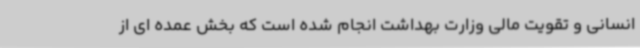
انسانی و تقویت مالی وزارت بهداشت انجام شده است که بخش عمده ای از